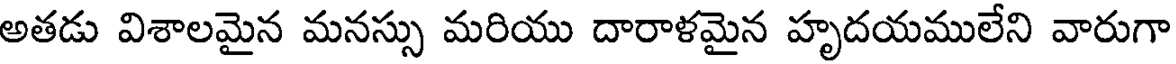
అతడు విశాలమైన మనస్సు మరియు దారాళమైన హృదయములేని వారుగా